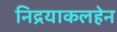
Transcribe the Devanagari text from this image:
निद्रयाकलहेन